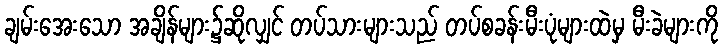
ချမ်းအေးသော အချိန်များ၌ဆိုလျှင် တပ်သားများသည် တပ်စခန်းမီးပုံများထဲမှ မီးခဲများကို